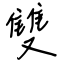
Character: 雙